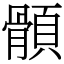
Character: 顝